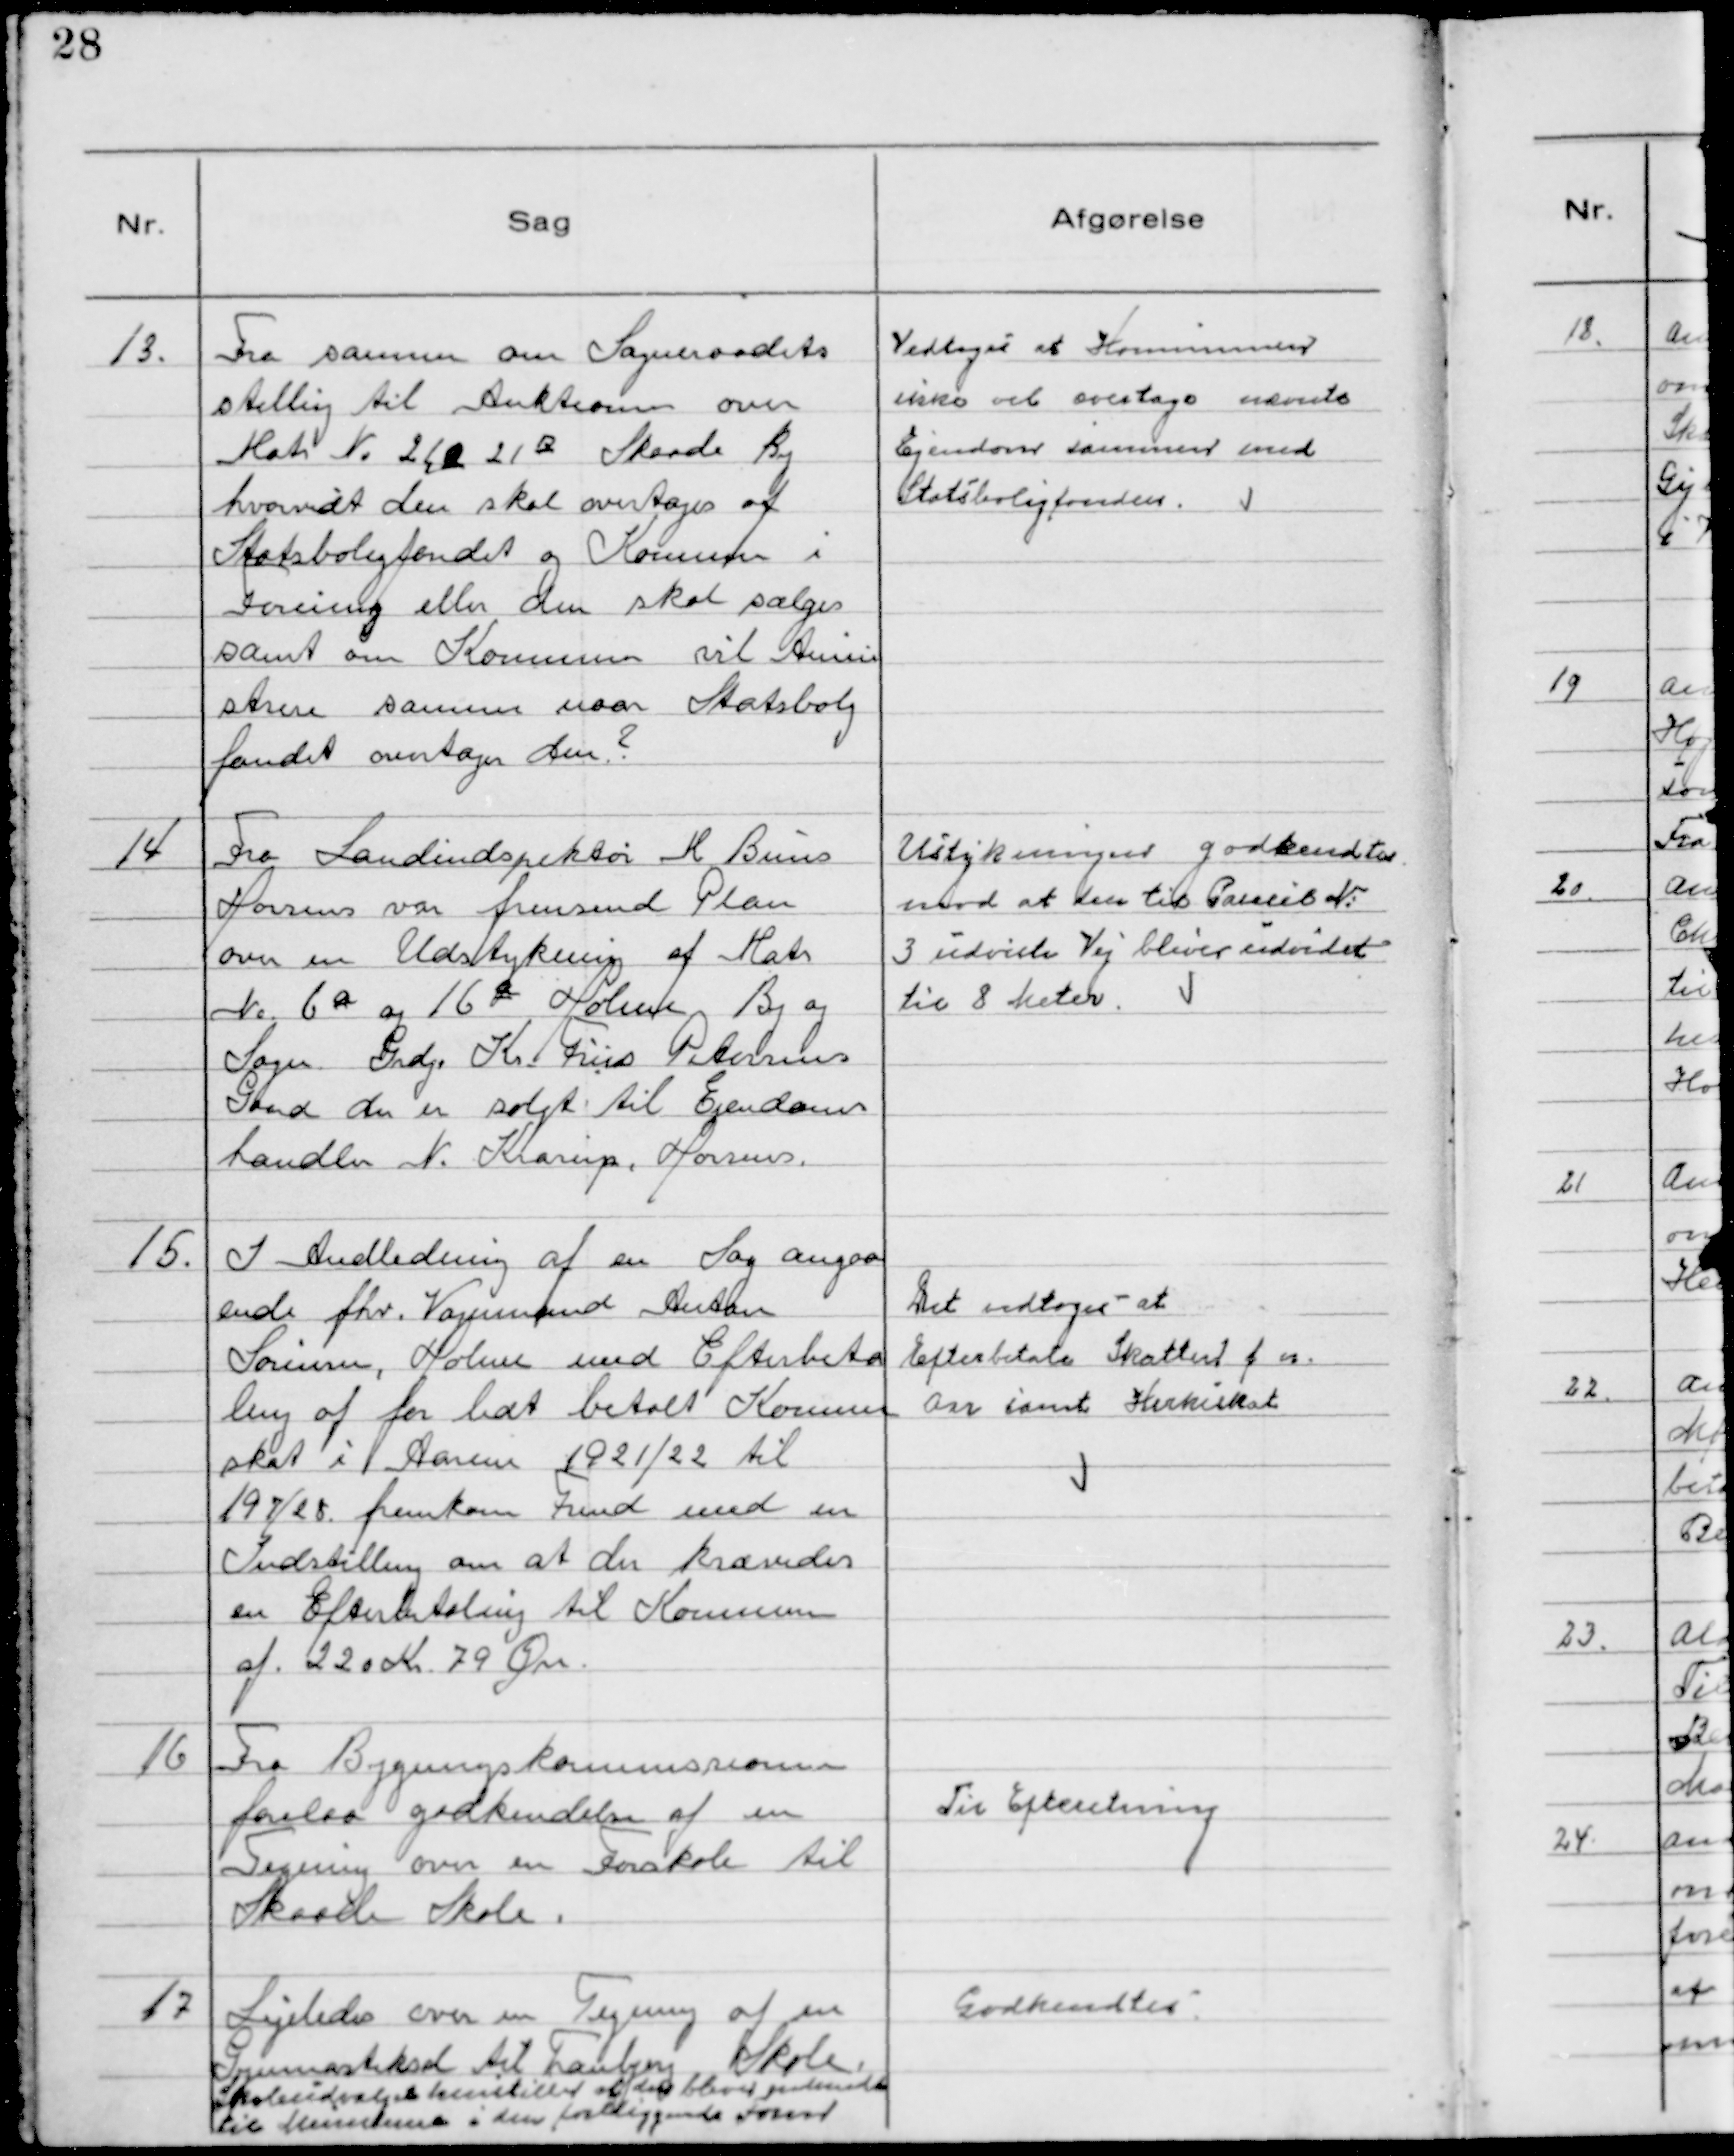
Transskription:
13. 
Fra samme om Sogneraadets
stilling til Auktionen over
Matr No 21a 21b Skaade By
hvorvidt den skal overtages af
Statsboligfondet og Komun i
Forening eller den skal sælges
samt om Komunen vil Amini
strere samme naar Statsbolig
fondet overtager den?

Vedtoges at Kommunen
ikke vil overtage nævnte
Ejendom sammen med
Statsboligfonden.

14
Fra Landindspektør K Buus
Horsens var fremsend Plan
over en Udstykning af Matr
№ 6 a og 16 a Holme By og
Sogn. Grdj. Kr Friis Petersens
Gaard der er solgt til Ejendoms
handler N. Krarup, Horsens.

Ustykningen godkendtes
mod at den til Paracel №
3 udviste Vej bliver udvidet
til 8 Meter.

15. I Andledning af en Sag angaa
ende fhv. Vognmand Anton
Sørensen, Holme med Efterbeta
ling af for lidt betalt Komun
skat i Aarene 1921/22 til
197/28 fremkom Fmd med en 
Indstilling om at der krævedes
en Efterbetaling til Komunen
af 220 Kr. 79 Øre.

Det vedtoges at
Efterbetale Skatten f n.
Aar samt Kirkeskat

16 Fra Bygningskommissionen
forelaa godkendelse af en
Tegning over en Forskole til
Skaade Skole.

Til Efteretning

17 
Ligeledes over en Tegning af en
Gymnastiksal til Tranbjerg Skole.
Skoleudvalget henstiller at den bliver godkendt
til Ministeren i den foreliggende Form

Godkendtes.